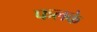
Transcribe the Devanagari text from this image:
फलके